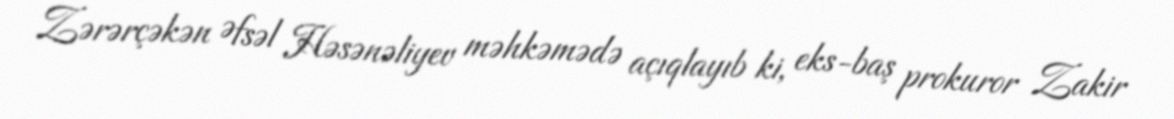
Zərərçəkən Əfsəl Həsənəliyev məhkəmədə açıqlayıb ki, eks-baş prokuror Zakir